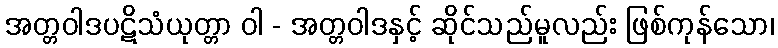
အတ္တဝါဒပဋိသံယုတ္တာ ဝါ - အတ္တဝါဒနှင့် ဆိုင်သည်မူလည်း ဖြစ်ကုန်သော၊